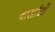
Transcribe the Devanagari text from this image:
बार्सांटी